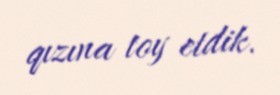
qızına toy etdik.